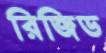
রিজিড